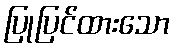
ပြုပြင်ထားသော